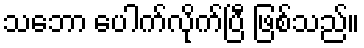
သဘော ပေါက်လိုက်ပြီ ဖြစ်သည်။